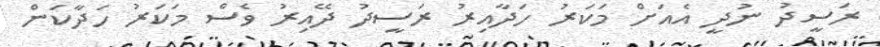
ރަސީދު ނުދީ އެއަށް މަކަރު ހަދާއިރު ރަސީދު ދޭއިރު ވެސް މަކަރު ހަދާކަން